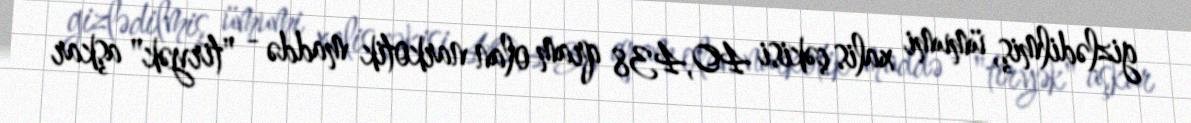
gizlədilmiş, ümumi xalis çəkisi 40,438 qram olan narkotik maddə - "tiryək" aşkar